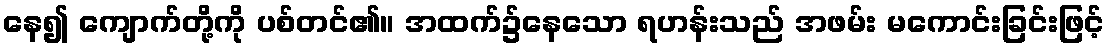
နေ၍ ကျောက်တို့ကို ပစ်တင်၏။ အထက်၌နေသော ရဟန်းသည် အဖမ်း မကောင်းခြင်းဖြင့်